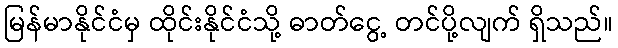
မြန်မာနိုင်ငံမှ ထိုင်းနိုင်ငံသို့ ဓာတ်ငွေ့ တင်ပို့လျက် ရှိသည်။